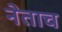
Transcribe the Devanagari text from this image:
नेताच